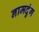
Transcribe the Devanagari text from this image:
नामदुंग